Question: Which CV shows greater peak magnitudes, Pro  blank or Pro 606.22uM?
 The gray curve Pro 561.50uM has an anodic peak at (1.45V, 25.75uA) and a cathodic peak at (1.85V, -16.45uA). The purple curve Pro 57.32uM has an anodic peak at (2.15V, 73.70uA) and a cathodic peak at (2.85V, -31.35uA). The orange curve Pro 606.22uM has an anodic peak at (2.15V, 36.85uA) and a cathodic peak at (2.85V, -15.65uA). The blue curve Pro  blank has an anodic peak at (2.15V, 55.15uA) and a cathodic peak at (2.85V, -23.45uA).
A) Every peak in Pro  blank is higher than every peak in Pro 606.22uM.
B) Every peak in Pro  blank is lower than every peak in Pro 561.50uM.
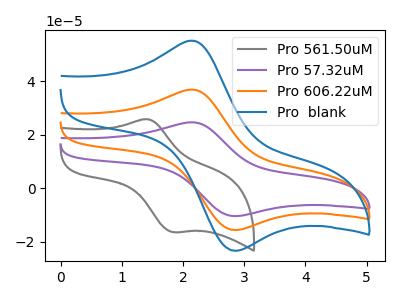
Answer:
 <answer>A) Every peak in "Pro  blank" is higher than every peak in "Pro 606.22uM".</answer>
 <eval>A</eval>